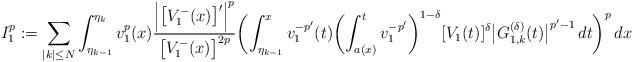
LaTeX: \begin{align*}I_1^p:=\sum_{|k|\le N}\int_{\eta_{k-1}}^{\eta_k} v_1^{p}(x)\frac{\Bigl|\bigl[V_1^-(x)\bigr]'\Bigr|^p}{\bigl[V_1^-(x)\bigr]^{2p}} \biggl(\int_{\eta_{k-1}}^x v_1^{-p'}(t) \biggl(\int_{a(x)}^t v_1^{-p'}\biggr)^{1-\delta}[V_1(t)]^{\delta}\bigl|G^{(\delta)}_{1,k}(t)\bigr|^{p'-1}\,dt\biggr)^p\,dx\end{align*}